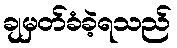
ချမှတ်ခံခဲ့ရသည်